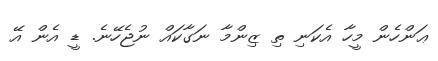
ޢަންހެން މީހާ އެކަނި ތި ޒިންމާ ނަގާކައް ނުޖެހޭނެ. ޑީ އެން އޭ